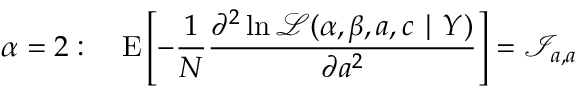
\alpha = 2 : \quad \operatorname { E } \left[ - { \frac { 1 } { N } } { \frac { \partial ^ { 2 } \ln { \mathcal { L } } ( \alpha , \beta , a , c \mid Y ) } { \partial a ^ { 2 } } } \right] = { \mathcal { I } } _ { a , a }